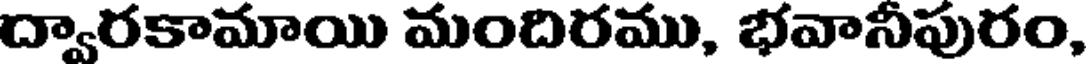
ద్వారకామాయి మందిరము, భవానీపురం,